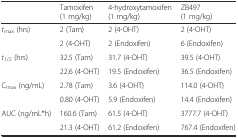
|  | Tamoxifen (1 mg/kg) | 4-hydroxytamoxifen (1 mg/kg) | ZB497 (1 mg/kg) |
 | --- | --- | --- | --- |
 | <ROWSPAN=2> tmax (hrs) | 2 (Tam) | 2 (4-OHT) | 2 (4-OHT) |
 | 2 (4-OHT) | 2 (Endoxifen) | 6 (Endoxifen) |
 | <ROWSPAN=2> t1/2 (hrs) | 32.5 (Tam) | 31.7 (4-OHT) | 39.5 (4-OHT) |
 | 22.6 (4-OHT) | 19.5 (Endoxifen) | 36.5 (Endoxifen) |
 | <ROWSPAN=2> Cmax (ng/mL) | 2.78 (Tam) | 3.6 (4-OHT) | 114.0 (4-OHT) |
 | 0.80 (4-OHT) | 5.9 (Endoxifen) | 14.4 (Endoxifen) |
 | <ROWSPAN=2> AUC (ng/mL*h) | 160.6 (Tam) | 61.5 (4-OHT) | 3777.7 (4-OHT) |
 | 21.3 (4-OHT) | 61.2 (Endoxifen) | 767.4 (Endoxifen) |